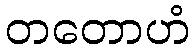
တတောဟံ